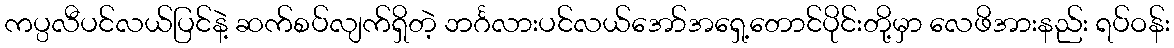
ကပ္ပလီပင်လယ်ပြင်နဲ့ ဆက်စပ်လျက်ရှိတဲ့ ဘင်္ဂလားပင်လယ်အော်အရှေ့တောင်ပိုင်းတို့မှာ လေဖိအားနည်း ရပ်ဝန်း